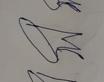
Signature authenticity: forged